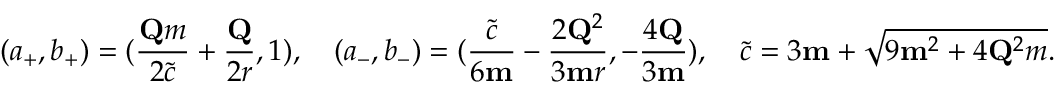
( a _ { + } , b _ { + } ) = ( \frac { \mathbf { Q } m } { 2 \tilde { c } } + \frac { \mathbf { Q } } { 2 r } , 1 ) , \quad ( a _ { - } , b _ { - } ) = ( \frac { \tilde { c } } { 6 \mathbf { m } } - \frac { 2 \mathbf { Q } ^ { 2 } } { 3 \mathbf { m } r } , - \frac { 4 \mathbf { Q } } { 3 \mathbf { m } } ) , \quad \tilde { c } = 3 \mathbf { m } + \sqrt { 9 \mathbf { m } ^ { 2 } + 4 \mathbf { Q } ^ { 2 } m } .